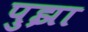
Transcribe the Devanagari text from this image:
पुझा